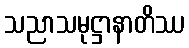
သညာသမုဋ္ဌာနာတိဿ